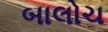
બાલોચ